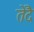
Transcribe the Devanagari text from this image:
तेंदै